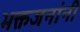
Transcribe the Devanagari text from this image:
भक्तजनांनी